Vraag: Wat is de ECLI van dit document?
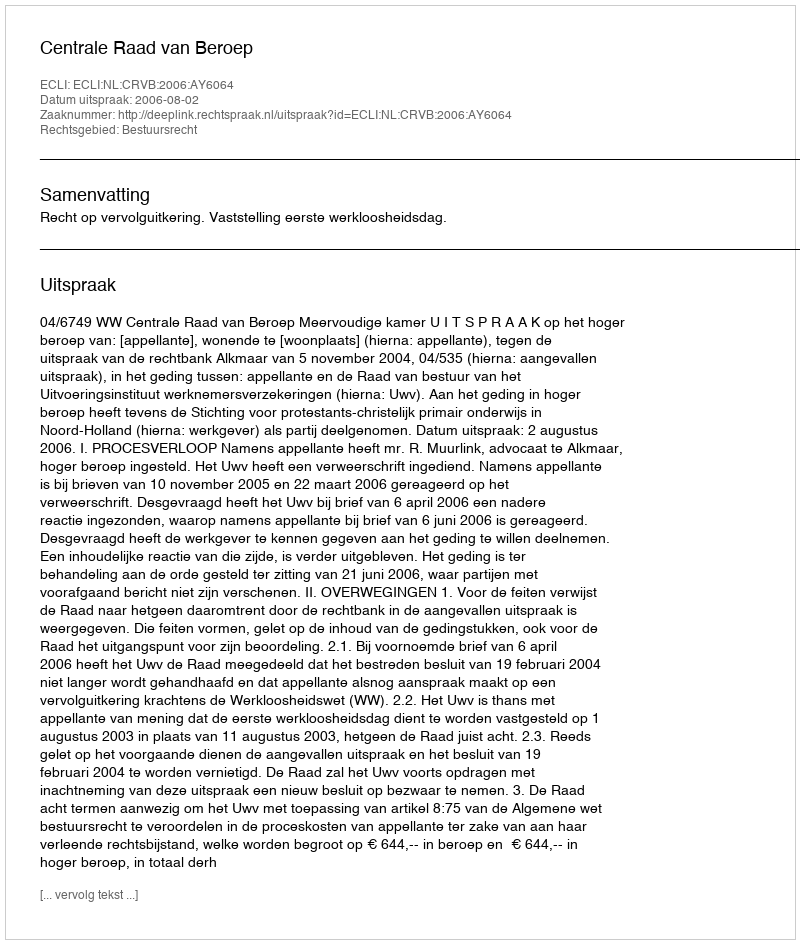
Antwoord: ECLI:NL:CRVB:2006:AY6064